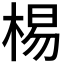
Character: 𣓾